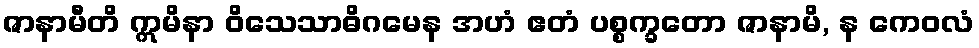
ဇာနာမီတိ ဣမိနာ ဝိသေသာဓိဂမေန အဟံ ဧတံ ပစ္စက္ခတော ဇာနာမိ, န ကေဝလံ